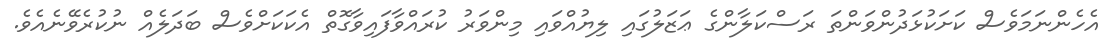
އެހެންނަމަވެސް ކަށަކުޅަދުންވަންތަ ރަސްކަލާންގެ ޢަޒަލުގައި ލިޔުއްވައި މިންވަރު ކުރައްވާފައިވާގޮތް އެކަކަށްވެސް ބަދަލެއް ނުކުރެވޭނެއެވެ.